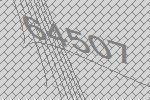
64507